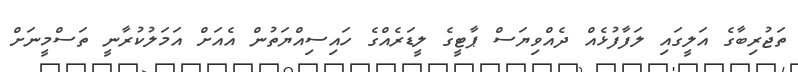
ތަޖުރިބާގެ އަލީގައި ލަފާފުޅެއް ދެއްވިޔަސް ޕާޓީގެ ލީޑަރެއްގެ ހައިސިއްޔަތުން އެއަށް އަމަލުކުރާނީ ތަސްމީނަށް